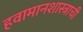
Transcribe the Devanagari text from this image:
हवामानशास्त्राची